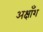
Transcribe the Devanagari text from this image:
अक्षाँश